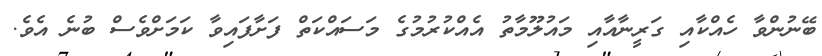
ބޭނުންވާ ހެއްކާއި ގަރީނާއާއި މައުލޫމާތު އެއްކުރުމުގެ މަސައްކަތް ފަށާފައިވާ ކަމަށްވެސް ބުނެ އެވެ.